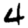
Digit: 4